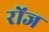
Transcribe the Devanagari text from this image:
रोंज